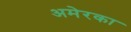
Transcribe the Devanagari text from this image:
अमेरका